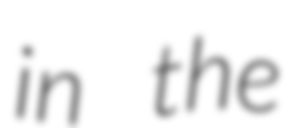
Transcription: in the